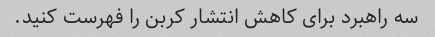
سه راهبرد برای کاهش انتشار کربن را فهرست کنید.